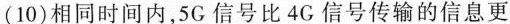
(10)相同时间内，5G信号比4G信号传输的信息更